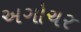
અગોચર